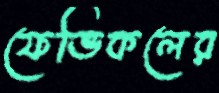
ফেভিকলের